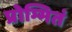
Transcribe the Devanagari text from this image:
प्रोम्भितं